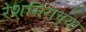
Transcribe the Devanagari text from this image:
रेशनिंगच्या